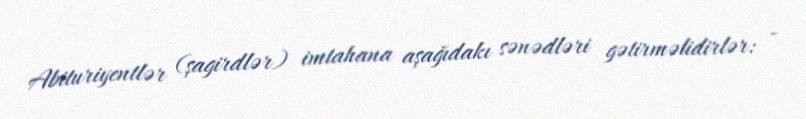
Abituriyentlər (şagirdlər) imtahana aşağıdakı sənədləri gətirməlidirlər: -